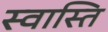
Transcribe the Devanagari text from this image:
स्‍वास्‍ति